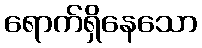
ရောက်ရှိနေသော